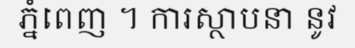
ភ្នំពេញ ។ ការស្ថាបនា នូវ